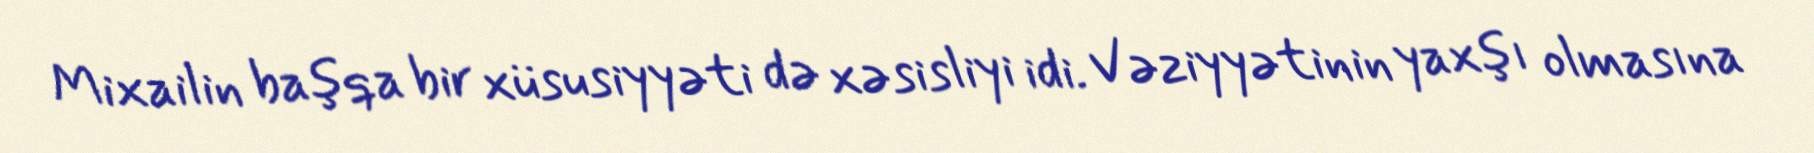
Mixailin başqa bir xüsusiyyəti də xəsisliyi idi. Vəziyyətinin yaxşı olmasına